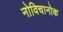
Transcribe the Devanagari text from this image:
नोविचानोक